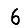
Digit: 6